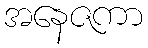
အနေဇကာ